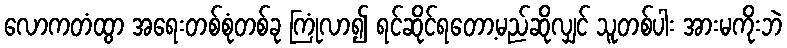
လောကတံထွာ အရေးတစ်စုံတစ်ခု ကြုံလာ၍ ရင်ဆိုင်ရတော့မည်ဆိုလျှင် သူတစ်ပါး အားမကိုးဘဲ